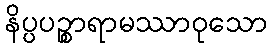
နိပ္ပပဉ္စာရာမဿာဝုသော